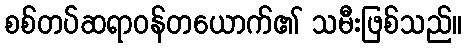
စစ်တပ်ဆရာဝန်တယောက်၏ သမီးဖြစ်သည်။